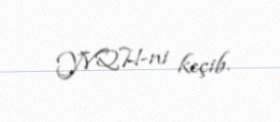
YVQH-ni keçib.